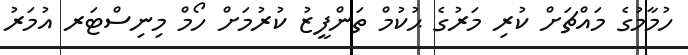
ހުމާމުގެ މައްޗަށް ކުރި މަރުގެ ޙުކުމް ތަންފީޒު ކުރުމަށް ހޯމް މިނިސްޓަރ އުމަރު